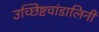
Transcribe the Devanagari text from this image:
उच्छिष्टचांडालिनी